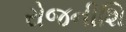
રોજનીશિ